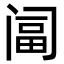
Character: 𨸆